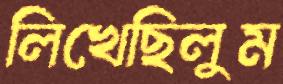
লিখেছিলুম